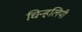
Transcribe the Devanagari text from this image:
चिन्हलिपी